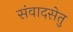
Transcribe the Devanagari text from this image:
संवादसेतु